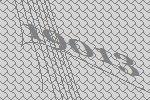
19013